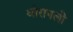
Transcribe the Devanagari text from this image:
थोरापली